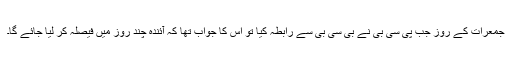
جمعرات کے روز جب پی سی بی نے بی سی بی سے رابطہ کیا تو اس کا جواب تھا کہ آئندہ چند روز میں فیصلہ کر لیا جائے گا۔